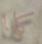
كلا